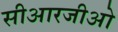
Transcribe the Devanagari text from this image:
सीआरजीओ